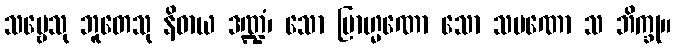
သဗ္ဗေသု ဘူတေသု နိဓာယ ဒဏ္ဍံ၊ သော ဗြာဟ္မဏော သော သမဏော သ ဘိက္ခု။